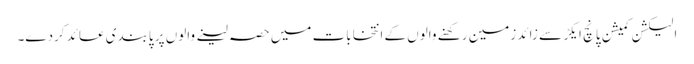
الیکشن کمیشن پانچ ایکڑ سے زائد زمین رکھنے والوں کے انتخابات میں حصہ لینے والوں پر پابندی عائد کردے۔